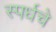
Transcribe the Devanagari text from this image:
स्पर्धचे